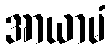
အာယာမံ